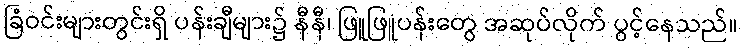
ခြံဝင်းများတွင်းရှိ ပန်းချီများ၌ နီနီ၊ ဖြူဖြူပန်းတွေ အဆုပ်လိုက် ပွင့်နေသည်။